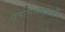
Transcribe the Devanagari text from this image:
प्रमाणाबद्दलही